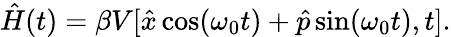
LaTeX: \begin{array}{r}{\hat{H}(t)=\beta V[\hat{x}\cos(\omega_{0}t)+\hat{p}\sin(\omega_{0}t),t].}\end{array}